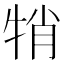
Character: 𤙜